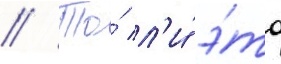
// То́ л'и́ э́то